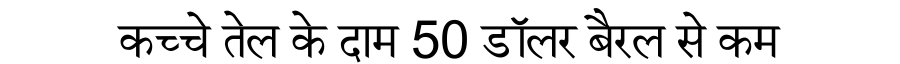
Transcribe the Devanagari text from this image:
कच्चे तेल के दाम 50 डॉलर बैरल से कम